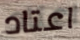
اعتاد